Indian journal of veterinary science and animal husbandry - Volume 11,
Year: 1941
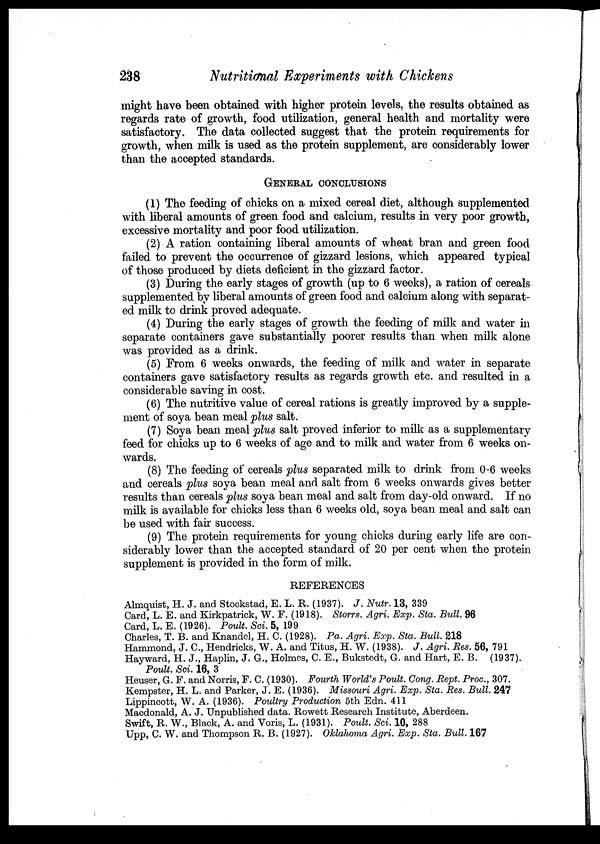
238
Nutritional Experiments with Chickens
might have been obtained with higher protein levels, the results obtained as
regards rate of growth, food utilization, general health and mortality were
satisfactory. The data collected suggest that the protein requirements for
growth, when milk is used as the protein supplement, are considerably lower
than the accepted standards.
GENERAL CONCLUSIONS
(1) The feeding of chicks on a mixed cereal diet, although supplemented
with liberal amounts of green food and calcium, results in very poor growth,
excessive mortality and poor food utilization.
(2) A ration containing liberal amounts of wheat bran and green food
failed to prevent the occurrence of gizzard lesions, which appeared typical
of those produced by diets deficient in the gizzard factor.
(3) During the early stages of growth (up to 6 weeks), a ration of cereals
supplemented by liberal amounts of green food and calcium along with separat-
ed milk to drink proved adequate.
(4) During the early stages of growth the feeding of milk and water in
separate containers gave substantially poorer results than when milk alone
was provided as a drink.
(5) From 6 weeks onwards, the feeding of milk and water in separate
containers gave satisfactory results as regards growth etc. and resulted in a
considerable saving in cost.
(6) The nutritive value of cereal rations is greatly improved by a supple-
ment of soya bean meal plus salt.
(7) Soya bean meal plus salt proved inferior to milk as a supplementary
feed for chicks up to 6 weeks of age and to milk and water from 6 weeks on-
wards.
(8) The feeding of cereals plus separated milk to drink from 0-6 weeks
and cereals plus soya bean meal and salt from 6 weeks onwards gives better
results than cereals plus soya bean meal and salt from day-old onward. If no
milk is available for chicks less than 6 weeks old, soya bean meal and salt can
be used with fair success.
(9) The protein requirements for young chicks during early life are con-
siderably lower than the accepted standard of 20 per cent when the protein
supplement is provided in the form of milk.
REFERENCES
Almquist, H. J. and Stockstad, E. L. R. (1937). J. Nutr. 13, 339
Card, L. E. and Kirkpatrick, W. F. (1918). Storrs. Agri. Exp. Sta. Bull. 96
Card, L. E. (1926). Poult. Sci. 5, 199
Charles, T. B. and Knandel, H. C. (1928). Pa. Agri. Exp. Sta. Bull. 218
Hammond, J. C., Hendricks, W. A. and Titus, H. W. (1938). J. Agri. Res. 56, 791
Hayward, H. J., Haplin, J. G., Holmes, C. E., Bukstedt, G. and Hart, E. B. (1937).
Poult. Sci. 16, 3
Heuser, G. F. and Norris, F. C. (1930). Fourth World's Poult. Cong. Rept. Proc., 307.
Kempster, H. L. and Parker, J. E. (1936). Missouri Agri. Exp. Sta. Res. Bull. 247
Lippincott, W. A. (1936). Poultry Production 5th Edn. 411
Macdonald, A. J. Unpublished data. Rowett Research Institute, Aberdeen.
Swift, R. W., Black, A. and Voris, L. (1931). Poult. Sci. 10, 288
Upp, C. W. and Thompson R. B. (1927). Oklahoma Agri. Exp. Sta. Bull. 167